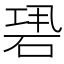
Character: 𥒽